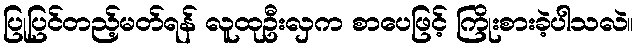
ပြုပြင်တည့်မတ်ရန် လူထုဦးလှက စာပေဖြင့် ကြိုးစားခဲ့ပါသလဲ။